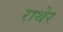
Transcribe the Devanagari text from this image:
राथेर